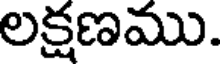
లక్షణము.